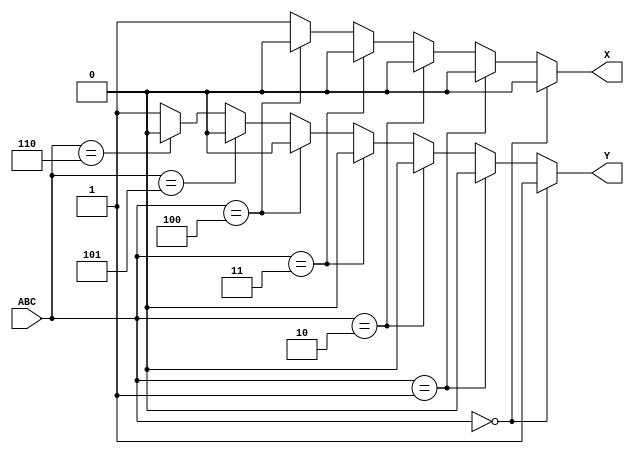
module JG3(ABC,X,Y);
	
	input [2:0] ABC;
	
	output X, Y;
	reg X, Y;
	
	always@(ABC)
    
        

    begin
        if(ABC==3'b000)
        begin
        X=0;Y=1;
        end
        else if(ABC==3'b001)
        begin
        X=0;Y=0;
        end
        else if(ABC==3'b010)
        begin
        X=0;Y=0;
        end
        else if(ABC==3'b011)
        begin
        X=0;Y=0;
        end
        else if(ABC==3'b100)
        begin
        X=0;Y=0;
        end
        else if(ABC==3'b101)
        begin
        X=1;Y=0;
        end
        else if(ABC==3'b110)
        begin
        X=1;Y=0;
        end
        else begin X=1;Y=1;end
    end   
	    

	
endmodule